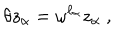
LaTeX: \theta z _ { \alpha } = \omega ^ { \ell _ { \alpha } } z _ { \alpha } ~ ,